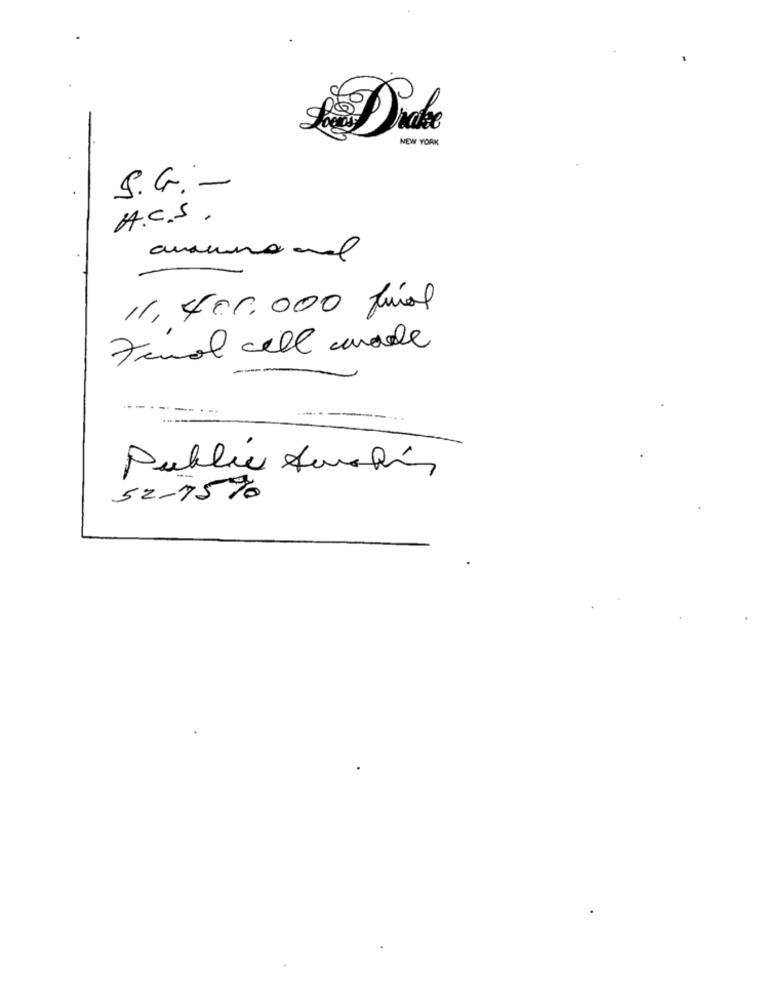
NEW YORK
S.G .-
A.C.S.
11,400.000 final
Femal cell made
---.. .
Public Ama bin
52-75%